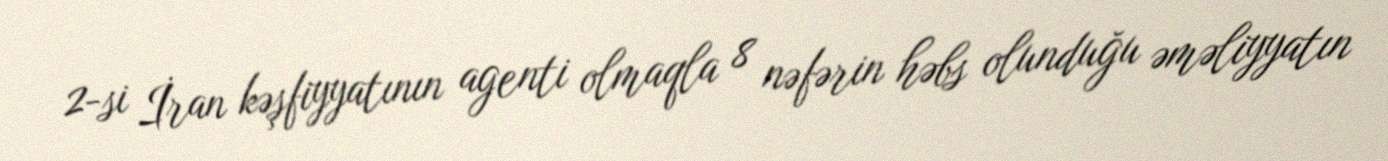
2-si İran kəşfiyyatının agenti olmaqla 8 nəfərin həbs olunduğu əməliyyatın